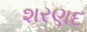
શરણદ